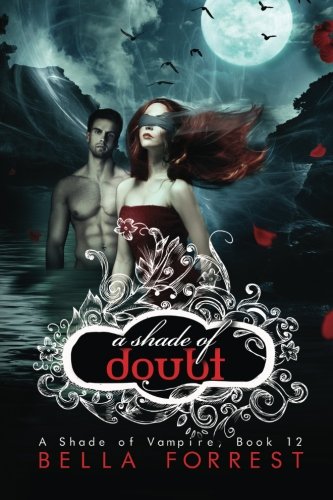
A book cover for A Shade of Vampire 12: A Shade of Doubt (Volume 12); Bella Forrest; Romance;